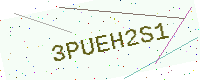
Text: 3PUEH2S1